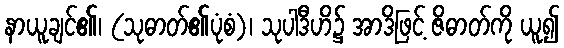
နာယူချင်၏၊ (သုဓာတ်၏ပုံစံ)၊ သုပါဒီဟိ၌ အာဒိဖြင့် ဇိဓာတ်ကို ယူ၍